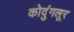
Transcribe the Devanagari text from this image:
कोदुंगलूर